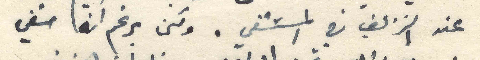
عنه النزيف في المستشفى. ولكن برغم انّه شفي